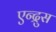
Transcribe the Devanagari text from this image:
एन्द्रुस